Papaver somniferum - Opium : an extract from the sixth volume of the Dictionary of Economic Products of India
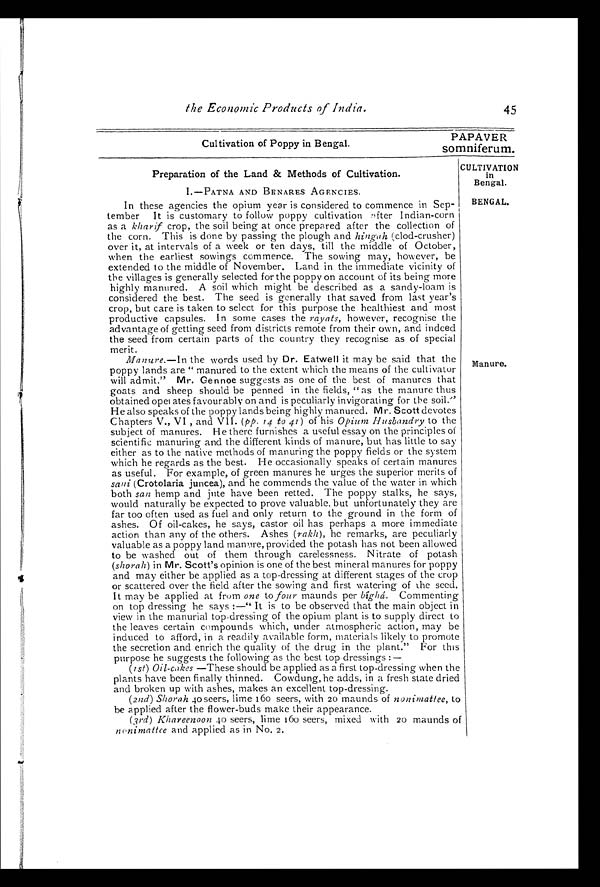
the Economic Products of India.
45
PAPAVER
Cultivation of Poppy in Bengal.
somniferum.
Preparation of the Land & Methods of Cultivation.
I.—PATNA AND BENARES AGENCIES.
In these agencies the opium year is considered to commence in Sep-
tember It is customary to follow poppy cultivation after Indian-corn
as a kharif crop, the soil being at once prepared after the collection of
the corn. This is done by passing the plough and hingah (clod-crusher)
over it, at intervals of a week or ten days, till the middle of October,
when the earliest sowings commence. The sowing may, however, be
extended to the middle of November. Land in the immediate vicinity of
the villages is generally selected for the poppy on account of its being more
highly manured. A soil which might be described as a sandy-loam is
considered the best. The seed is generally that saved from last year's
crop, but care is taken to select for this purpose the healthiest and most
productive capsules. In some cases the rayats, however, recognise the
advantage of getting seed from districts remote from their own, and indeed
the seed from certain parts of the country they recognise as of special
merit.
Manure.—In the words used by Dr. Eatwell it may be said that the
poppy lands are "manured to the extent which the means of the cultivator
will admit." Mr. Gennoe suggests as one of the best of manures that
goats and sheep should be penned in the fields, " as the manure thus
obtained operates favourably on and is peculiarly invigorating for the soil."
He also speaks of the poppy lands being highly manured. Mr. Scott devotes
Chapters V., VI , and VII. (þþ. 14 to 41) of his Opium Husbandry to the
subject of manures. He there furnishes a useful essay on the principles of
scientific manuring and the different kinds of manure, but has little to say
either as to the native methods of manuring the poppy fields or the system
which he regards as the best. He occasionally speaks of certain manures
as useful. For
example, of green manures he urges the superior merits of
sani ( Crotolaria juncea ), and he commends the value of the water in which
both san hemp and jute have been retted. The poppy stalks, he says,
would naturally be expected to prove valuable. but unfortunately they are
far too often used as fuel and only return to the ground in the form of
ashes. Of oil-cakes, he says, castor oil has perhaps a more immediate
action than any of the others. Ashes (rakh), he remarks, are peculiarly
valuable as a poppy land manure, provided the potash has not been allowed
to be washed out of them through carelessness. Nitrate of potash
(shorah) in Mr. Scott's opinion is one of the best mineral manures for poppy
and may either be applied as a top-dressing at different stages of the crop
or scattered over the field after the sowing and first watering of the seed.
It may be applied at from one to four maunds per bĺ g h á .C
o m m e n t i n g
on top dressing he says :—" It is to be observed that the main object in
view in the manurial top-dressing of the opium plant is to supply direct to
the leaves certain compounds which, under atmospheric action, may be
induced to afford, in a readily available form, materials likely to promote
the secretion and enrich the quality of the drug in the plant." For this
purpose he suggests the following as the best top dressings :—
(1st) Oil-cakes —These should be applied as a first top-dressing when the
plants have been finally thinned. Cowdung, he adds, in a fresh state dried
and broken up with ashes, makes an excellent top-dressing.
(2nd) Shorah 40 seers, lime 160 seers, with 20 maunds of nonimatlee, to
be applied after the flower-buds make their appearance.
(3rd) Khareenoon 40 seers, lime 160 seers, mixed with 20 maunds of
nonimattee and applied as in No. 2.
CULTIVATION
in
Bengal.
BENGAL.
Manure.